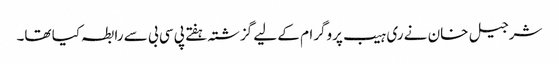
شرجیل خان نے ری ہیب پروگرام کے لیے گزشتہ ہفتے پی سی بی سے رابطہ کیا تھا۔